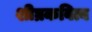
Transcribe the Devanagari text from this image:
शीघ्रकवित्व